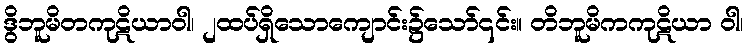
ဒွိဘူမိတကုဋိယာဝါ၊ ၂ထပ်ရှိသောကျောင်း၌သော်၎င်း။ တိဘူမိကကုဋိယာ ဝါ၊